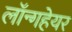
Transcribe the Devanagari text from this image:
लॉन्गहेयर